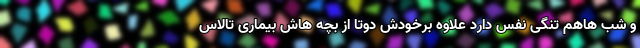
و شب هاهم تنگی نفس دارد علاوه برخودش دوتا از بچه هاش بیماری تالاس